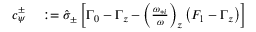
\begin{array} { r l } { c _ { \psi } ^ { \pm } } & { { } : = \hat { \sigma } _ { \pm } \left[ \Gamma _ { 0 } - \Gamma _ { z } - \left( \frac { \omega _ { * i } } { \omega } \right) _ { z } \left( F _ { 1 } - \Gamma _ { z } \right) \right] } \end{array}